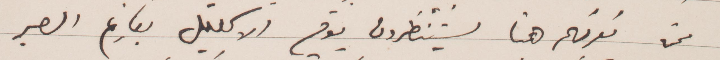
ممن نعرفهم هنا يستنطرون يوم الاكليل بفارغ الصبر